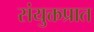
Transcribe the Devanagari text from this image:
संयुक्तप्रात